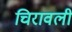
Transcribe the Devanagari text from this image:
चिरावली